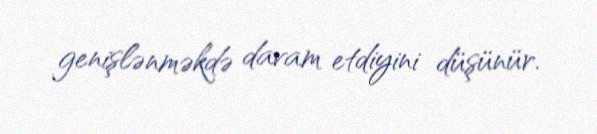
genişlənməkdə davam etdiyini düşünür.